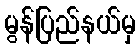
မွန်ပြည်နယ်မှ